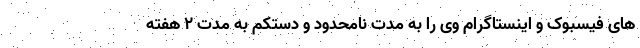
های فیسبوک و اینستاگرام وی را به مدت نامحدود و دستکم به مدت ۲ هفته